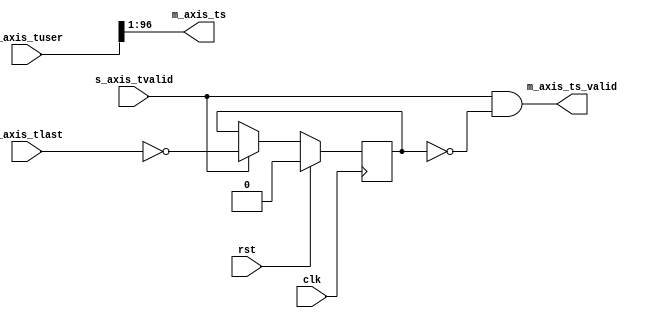
module ptp_ts_extract #
(
    parameter TS_WIDTH = 96,
    parameter TS_OFFSET = 1,
    parameter USER_WIDTH = TS_WIDTH+TS_OFFSET
)
(
    input  wire                   clk,
    input  wire                   rst,

    /*
     * AXI stream input
     */
    input  wire                   s_axis_tvalid,
    input  wire                   s_axis_tlast,
    input  wire [USER_WIDTH-1:0]  s_axis_tuser,

    /*
     * Timestamp output
     */
    output wire [TS_WIDTH-1:0]    m_axis_ts,
    output wire                   m_axis_ts_valid
);

reg frame_reg = 1'b0;

assign m_axis_ts = s_axis_tuser >> TS_OFFSET;
assign m_axis_ts_valid = s_axis_tvalid && !frame_reg;

always @(posedge clk) begin
    if (s_axis_tvalid) begin
        frame_reg <= !s_axis_tlast;
    end

    if (rst) begin
        frame_reg <= 1'b0;
    end
end

endmodule